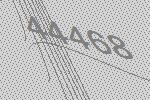
44468